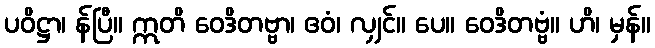
ပဝိဋ္ဌာ၊ န်ပြီ။ ဣတိ ဝေဒိတဗ္ဗာ၊ ဧဝံ၊ လျှင်။ ပေ။ ဝေဒိတဗ္ဗံ။ ဟိ၊ မှန်။